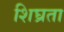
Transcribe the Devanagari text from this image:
शिघ्रता